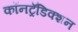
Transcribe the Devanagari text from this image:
कॉनट्रॅडिक्शन